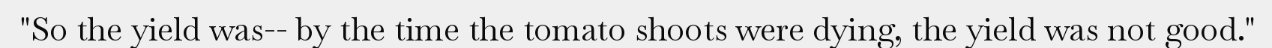
"So the yield was-- by the time the tomato shoots were dying, the yield was not good."